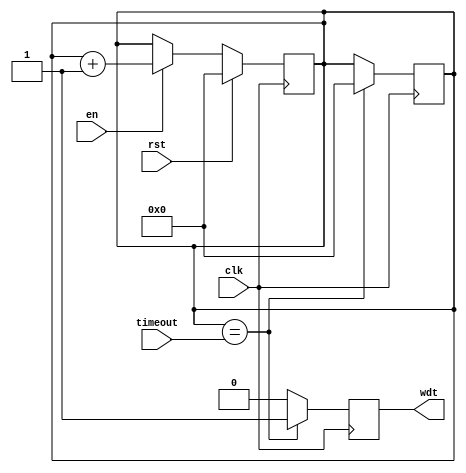
module watchdog_timer (input clk, input rst, input en, input [31:0] timeout, output reg wdt);
   reg [31:0] cnt;
   always @(posedge clk) begin
      if (rst) begin
         cnt <= 32'h0;
      end 
      else if (en) begin
         cnt <= cnt + 1;
      end
   end
   always @(posedge clk) begin
      if (cnt == timeout) begin
         wdt <= 1;
         cnt <= 32'h0;
      end 
      else begin
         wdt <= 0;
      end
   end
endmodule